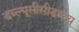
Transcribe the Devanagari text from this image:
डब्ल्यूसीसीडब्ल्यू